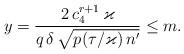
LaTeX: \begin{align*}y= \frac{2\,c_4^{r+1}\,\varkappa}{q\,\delta\,\sqrt{p(\tau/\varkappa)\, n'}}\le m. \end{align*}